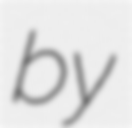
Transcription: by